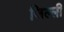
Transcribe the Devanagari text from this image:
जिल्ली